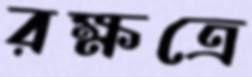
রক্ষত্রে